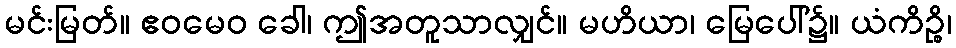
မင်းမြတ်။ ဧဝမေဝ ခေါ၊ ဤအတူသာလျှင်။ မဟိယာ၊ မြေပေါ်၌။ ယံကိဉ္စိ၊